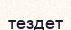
тездет